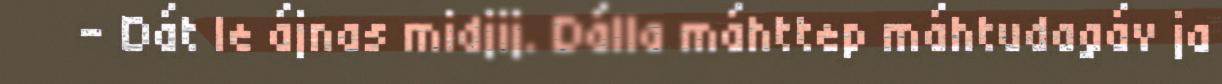
- Dát le ájnas midjij. Dálla máhttep máhtudagáv ja